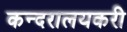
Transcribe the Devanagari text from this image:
कन्दरालयकरी